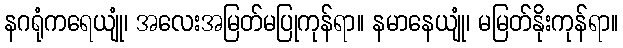
နဂရုံကရေယျုံ၊ အလေးအမြတ်မပြုကုန်ရာ။ နမာနေယျုံ၊ မမြတ်နိုးကုန်ရာ။